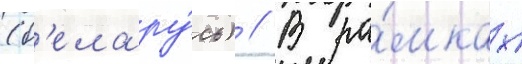
(б'елару́сь) // В ра́мках